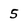
Character: 5